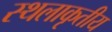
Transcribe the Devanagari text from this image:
स्थलाकृतीय